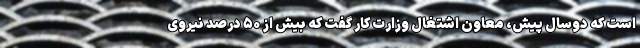
است که دوسال پیش، معاون اشتغال وزارت کار گفت که بیش از ۵۰ درصد نیروی